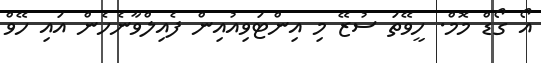
އޯ ގޯޑް މޮމް. ހީވޭތަ ސުޒޭ މި އިންޓަވިއުއިން ފެއިލްވާނެހެން އައި ހޭވް